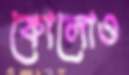
কোলোও